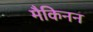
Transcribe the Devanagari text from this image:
मैकिनन